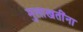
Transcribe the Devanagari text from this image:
मुलाखतींना